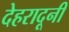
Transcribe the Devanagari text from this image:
देहरादूनी